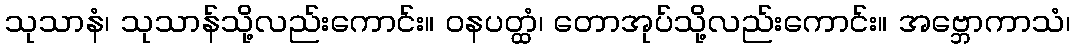
သုသာနံ၊ သုသာန်သို့လည်းကောင်း။ ဝနပတ္ထံ၊ တောအုပ်သို့လည်းကောင်း။ အဗ္ဘောကာသံ၊